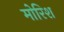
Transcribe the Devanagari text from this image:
मोरिश